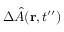
\Delta \hat { A } ( { \bf r } , t ^ { \prime \prime } )